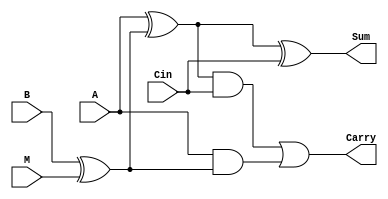
module full_subtractor_1bit(A,B,Cin,M,Sum,Carry);
input A,B,Cin,M;
output Sum,Carry;

wire temp1,temp2,temp3,temp4;
wire bxorM;
xor(bxorM,B,M);
xor(temp1,A,bxorM);
xor(Sum,temp1,Cin);
and(temp2,temp1,Cin);
and(temp3,A,bxorM);
or(Carry,temp2,temp3);

endmodule